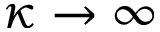
\kappa \to \infty